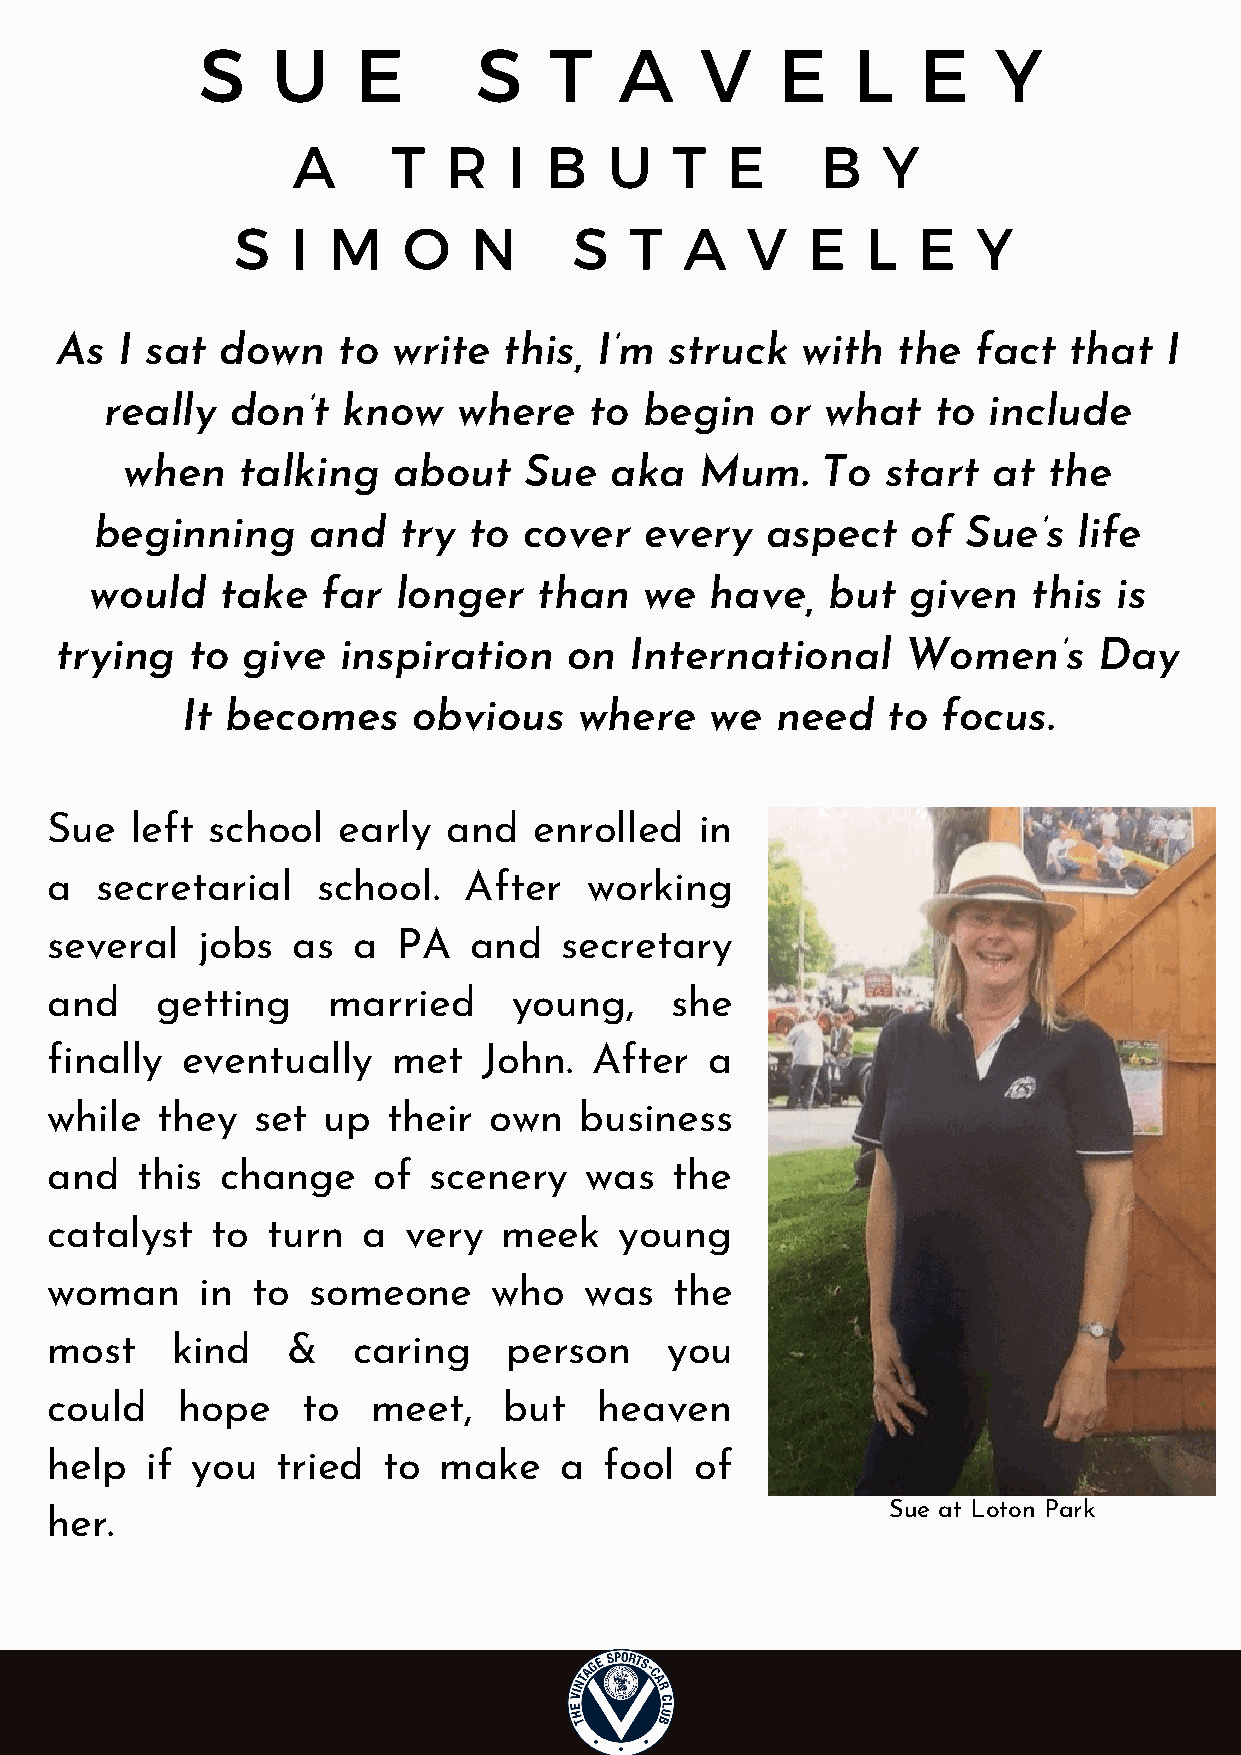
S    U     E       S   T    A    V    E    L    E    Y
 A      T  R    I B   U    T  E     B   Y
 S   I  M    O   N      S   T  A   V   E   L   E   Y
 As  I sat  down   to  write  this,  I’m struck   with  the   fact  that  I
 really  don’t   know   where    to  begin   or  what   to include
 when    talking   about    Sue  aka   Mum.    To   start  at the
 beginning     and   try  to  cover   every   aspect   of  Sue’s  life
 would    take  far  longer    than   we  have,   but  given   this  is
 trying  to  give  inspiration     on  International     Women’s      Day
 It becomes     obvious    where    we  need    to focus.
 Sue   left school  early   and  enrolled   in
 a  secretarial    school.   After   working
 several   jobs  as  a  PA   and   secretary
 and    getting     married     young,    she
 finally  eventually    met   John.  After   a
 while  they   set up   their own   business
 and   this  change    of scenery    was  the
 catalyst   to  turn  a  very  meek    young
 woman     in  to someone      who   was   the
 most    kind    &   caring     person    you
 could    hope    to   meet,   but    heaven
 help   if you  tried  to  make    a  fool  of
 Sue at Loton Park
 her.